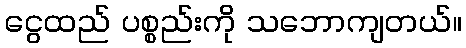
ငွေထည် ပစ္စည်းကို သဘောကျတယ်။